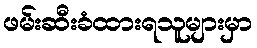
ဖမ်းဆီးခံထားရသူများမှာ